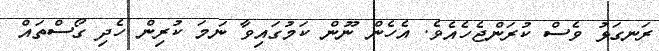
ރަނގަޅު ވެސް ކުރަންޖެހެއެވެ. އެހެން ނޫން ކަމުގައިވާ ނަމަ ކުރިން ހެދި ގޯސްތައް